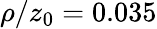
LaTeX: \rho/z_{0}=0.035